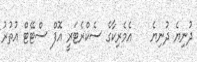
ދުނިޔެ ދުނިޔެ    އެމެރިކާގެ ސެކްރެޓަރީ އޮފް ސްޓޭޓް އުތުރު